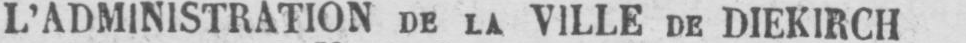
L’ADMINISTRATION DE LA VILLE DE DIEKIRCH